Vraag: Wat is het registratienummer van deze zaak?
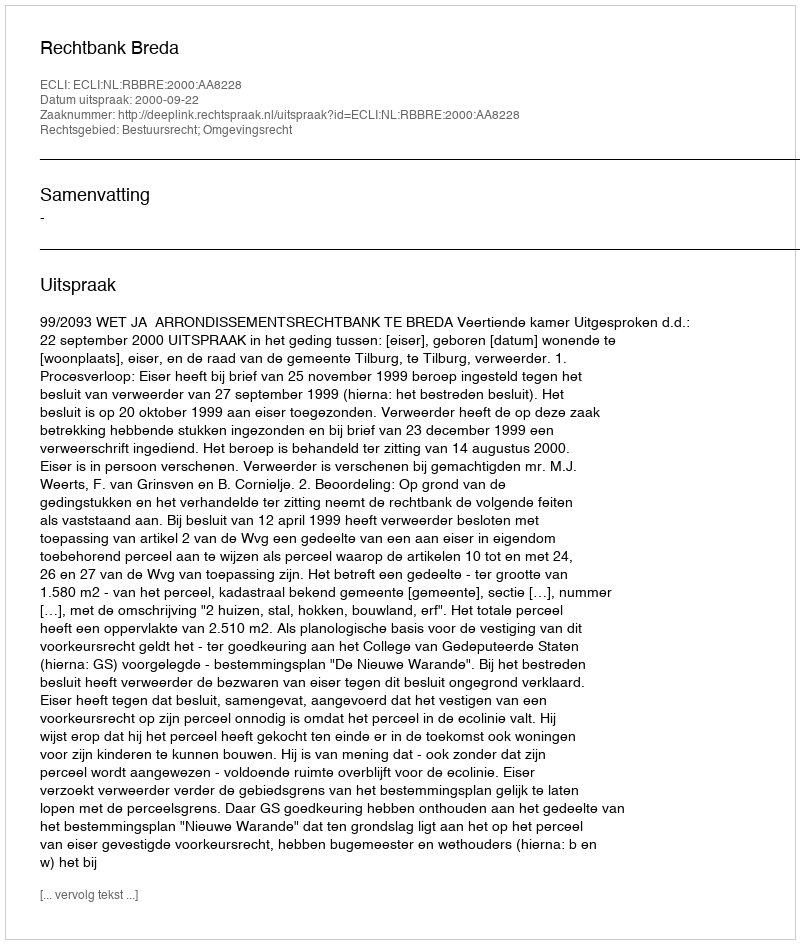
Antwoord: http://deeplink.rechtspraak.nl/uitspraak?id=ECLI:NL:RBBRE:2000:AA8228